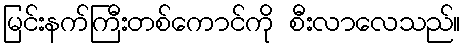
မြင်းနက်ကြီးတစ်ကောင်ကို စီးလာလေသည်။